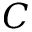
C